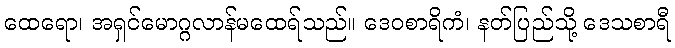
ထေရော၊ အရှင်မောဂ္ဂလာန်မထေရ်သည်။ ဒေဝစာရိကံ၊ နတ်ပြည်သို့ ဒေသစာရီ